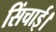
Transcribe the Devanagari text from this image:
सिंचाई।